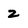
Character: 2